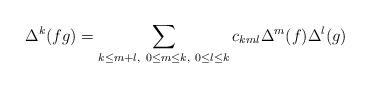
LaTeX: \begin{align*}\Delta^{k} (f g)= \sum_{k \leq m+l, \ 0 \leq m \leq k, \ 0 \leq l \leq k} c_{kml} \Delta^{m}(f) \Delta^{l}(g)\end{align*}